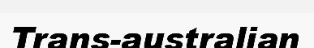
Trans-australian